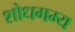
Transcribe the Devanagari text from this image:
शोधगम्‍य